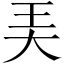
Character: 㺯